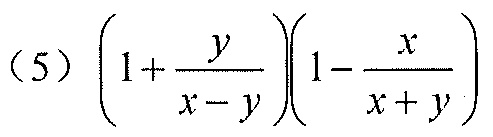
(5) \(\left(1+\frac{y}{x - y}\right)\left(1-\frac{x}{x + y}\right)\)